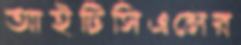
আইটিসিএলের